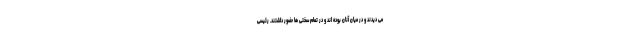
می دیدند و در میان آنان بوده اند و در تمام سختی ها حضور داشتند. رئیسی